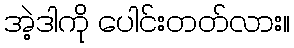
အဲ့ဒါကို ပေါင်းတတ်လား။